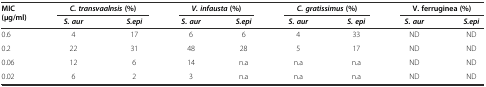
| <ROWSPAN=2> MIC (μg/ml) | <COLSPAN=2> C. transvaalnsis(%) | <COLSPAN=2> V. infausta(%) | <COLSPAN=2> C. gratissimus(%) | <COLSPAN=2> V. ferruginea (%) |
 | S. aur | S.epi | S. aur | S.epi | S. aur | S. epi | S. aur | S.epi |
 | --- | --- | --- | --- | --- | --- | --- | --- | --- |
 | 0.6 | 4 | 17 | 6 | 6 | 4 | 33 | ND | ND |
 | 0.2 | 22 | 31 | 48 | 28 | 5 | 17 | ND | ND |
 | 0.06 | 12 | 6 | 14 | n.a | n.a | n.a | ND | ND |
 | 0.02 | 6 | 2 | 3 | n.a | n.a | n.a | ND | ND |